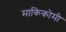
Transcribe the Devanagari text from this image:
माकिकोमी